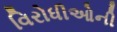
વિરોધીઓની